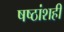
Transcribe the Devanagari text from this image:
षष्ठांशही